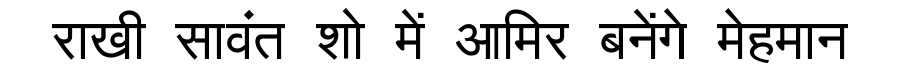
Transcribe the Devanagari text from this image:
राखी सावंत शो में आमिर बनेंगे मेहमान